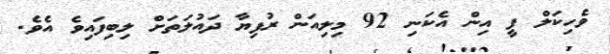
ވެހިކަލް ފީ އިން އެކަނި 92 މިލިއަން ރުފިޔާ ދައުލަތަށް ލިބިފައިވެ އެވެ.